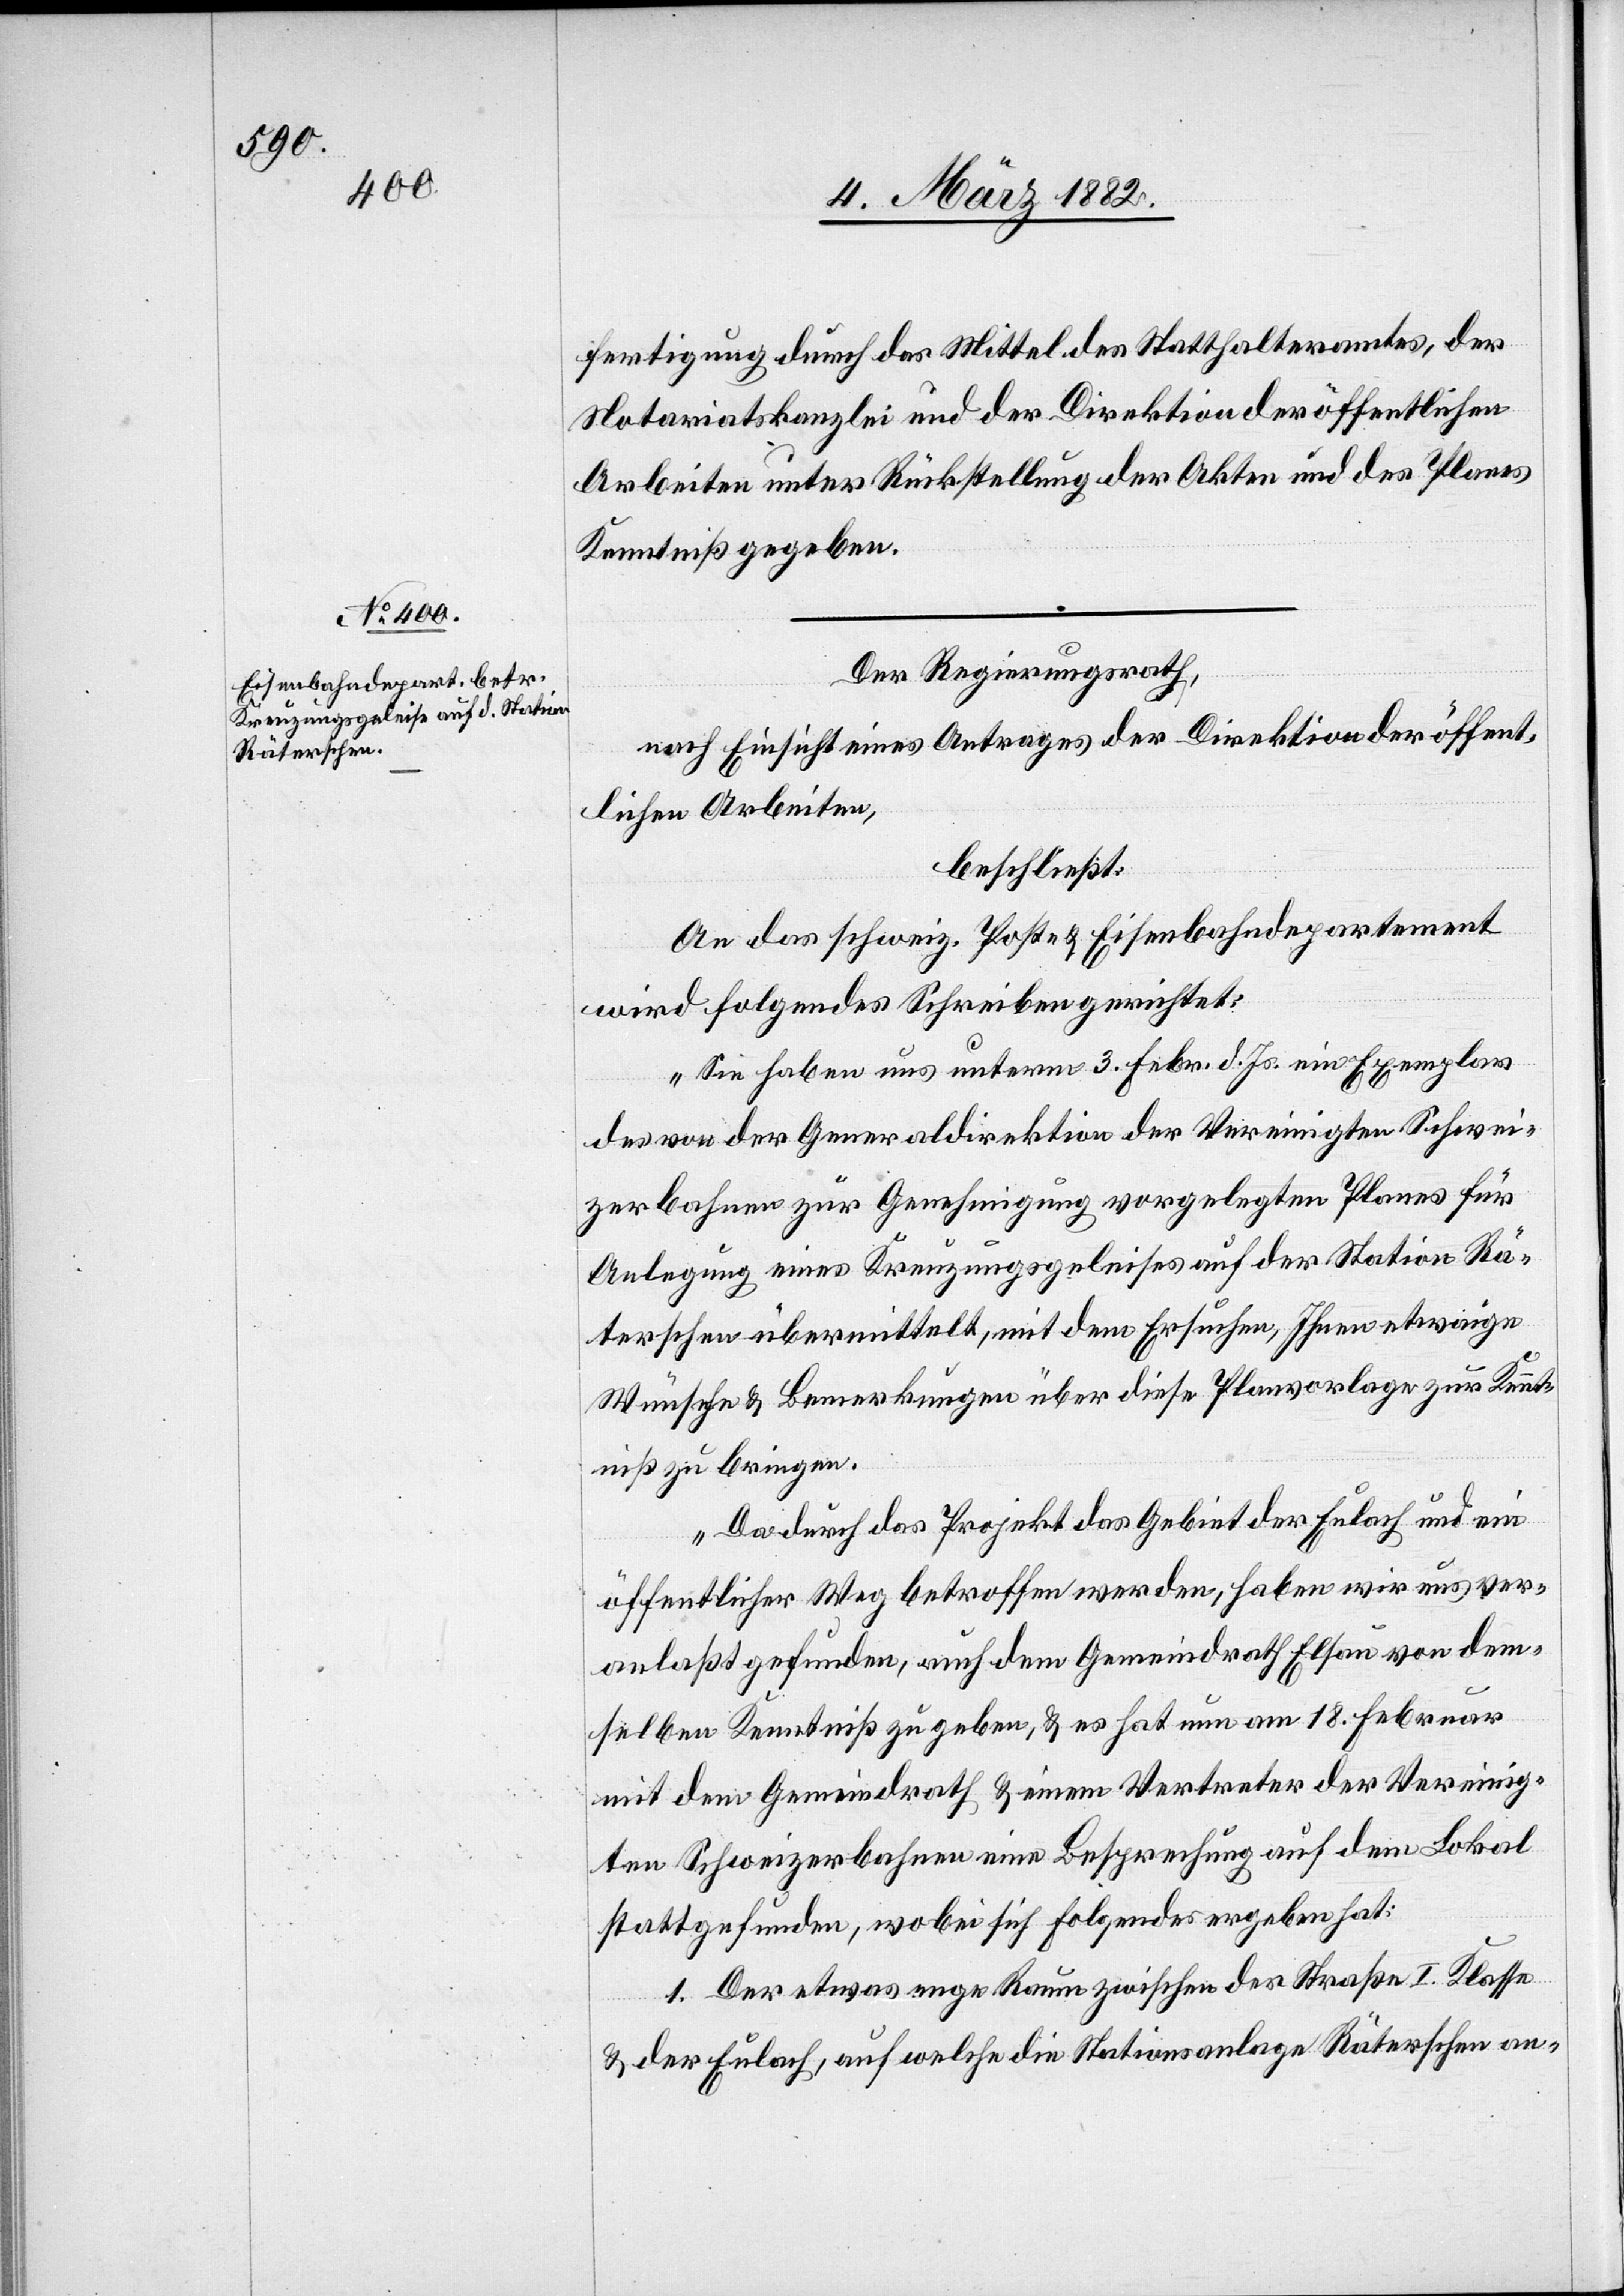
fertigung durch das Mittel des Statthalteramtes, der
Notariatskanzlei und der Direktion der öffentlichen
Arbeiten unter Rückstellung der Akten und des Planes
Kenntniß gegeben
Der Regierungsrath,
nach Einsicht eines Antrages der Direktion der öffent¬
lichen Arbeiten,
beschließt:
An das schweiz. Post-& Eisenbahndepartement
wird folgendes Schreiben gerichtet:
„Sie haben uns unterm 3. Febr. d. Js. ein Exemplar
des von der Generaldirektion der Vereinigten Schwei¬
zerbahnen zur Genehmigung vorgelegten Planes für
Anlegung eines Kreuzungsgeleises auf der Station Rä¬
terschen übermittelt, mit dem Ersuchen, Ihnen etwaige
Wünsche & Bemerken über diese Planvorlage zur Kennt¬
niß zu bringen.
Da durch das Projekt das Gebiet der Eulach und ein
öffentlicher Weg betroffen werden, haben wir uns ver¬
anlaßt gefunden, auch dem Gemeindrath Elsau von dem¬
selben Kenntniß zu geben, & es hat nun am 18. Februar
mit dem Gemeindrath & einem Vertreter der Vereinig¬
ten Schweizerbahnen eine Besprechung auf dem Lokal
stattgefunden, wobei sich Folgendes ergeben hat:
1. Der etwas enge Raum zwischen der Straße I. Klasse
& der Eulach, auf welche die Stationsanlage Räterschen an-